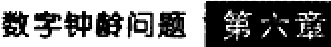
数字钟静问题 第六章